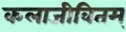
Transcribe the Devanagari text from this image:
कलाजीवितम्